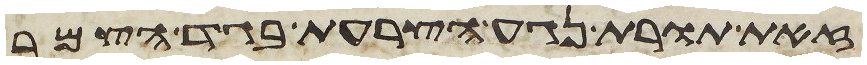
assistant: זאת תורת נגע הצרעת בגד הצמר